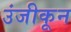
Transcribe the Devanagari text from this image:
उंजीकून